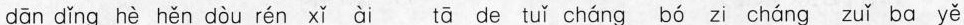
dān dǐng hè hěn dòu rén xǐ ài tā de tuǐ cháng bó zi cháng zuǐ ba yě